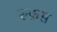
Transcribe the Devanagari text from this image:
रुफ़स